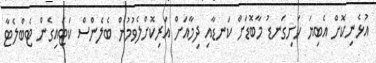
އުޅެނިކޮށް އެބިޔަ ހަށިގަނޑު މާބޮޑަށް ކަނޑާއި ދިމާއަށް އަރިކޮށްލެވުމުން ބެލެންސް ކަޓައިގެން ޓެބްލެޓާ